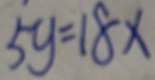
5 y = 1 8 x